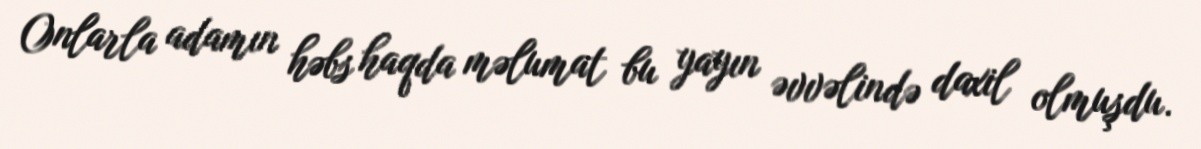
Onlarla adamın həbs haqda məlumat bu yayın əvvəlində daxil olmuşdu.